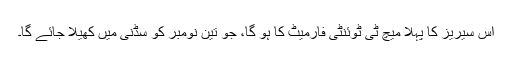
اس سیریز کا پہلا میچ ٹی ٹوئنٹی فارمیٹ کا ہو گا، جو تین نومبر کو سڈنی میں کھیلا جائے گا۔